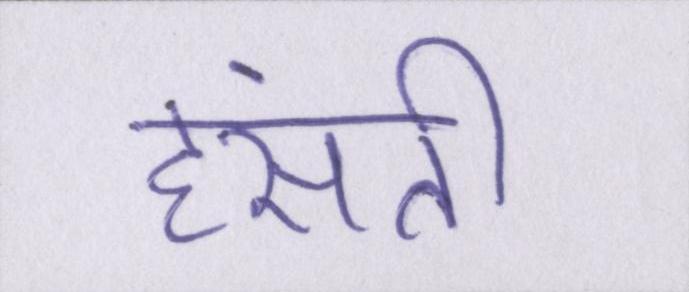
हंसती